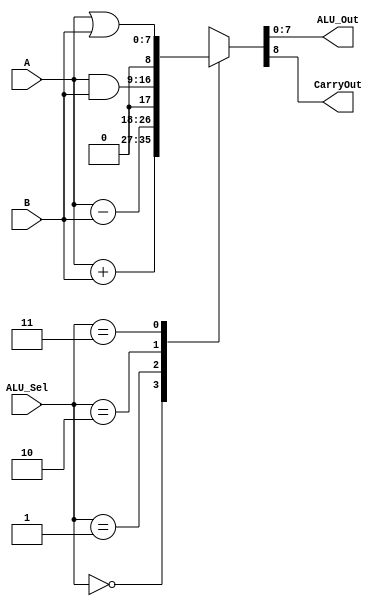
module my_alu(
        input [7:0] A,B,  // ALU 8-bit Inputs
        input [1:0] ALU_Sel,// ALU Selection
        output [7:0] ALU_Out, // ALU 8-bit Output
                output CarryOut // Carry Out Flag
        );
        reg [8:0] ALU_Result;

        assign ALU_Out = ALU_Result[7:0]; // ALU out
        assign CarryOut = ALU_Result[8];

        always @(*)
        begin
                case(ALU_Sel)
                        2'b00: // Addition
                                ALU_Result = A + B ;
                        2'b01: // Subtraction
                                ALU_Result = A - B ;
                        2'b10: // and
                                ALU_Result = A & B;
                        2'b11: // or
                        ALU_Result = A | B;

                default: ALU_Result = A + B ;
        endcase
end

endmodule